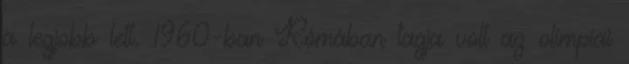
a legjobb lett. 1960-ban Rómában tagja volt az olimpiai